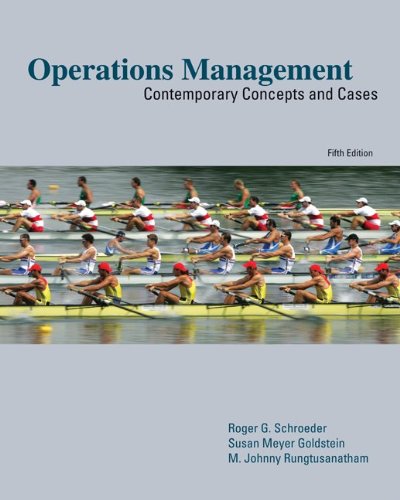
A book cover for Operations Management:  Contemporary Concepts and Cases (McGraw-Hill/Irwin Series Operations and Decision Sciences); Roger Schroeder; Business & Money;